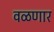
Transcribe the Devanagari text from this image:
वळणार